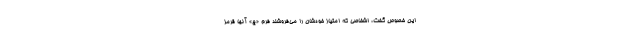
این خصوص گفت، اشخاصی که امتیاز خودشان را می‌فروشند فرم «ج» آنها قرمز